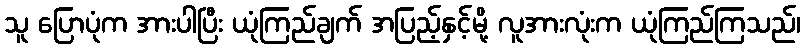
သူ ပြောပုံက အားပါပြီး ယုံကြည်ချက် အပြည့်နှင့်မို့ လူအားလုံးက ယုံကြည်ကြသည်၊